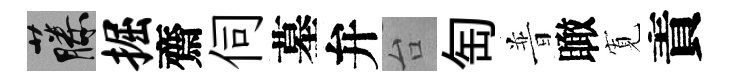
藤掘齋伺墓弁台匋普瞰𡩖責